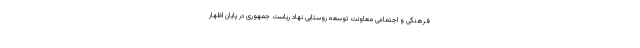
فرهنگی و اجتماعی معاونت توسعه روستایی نهاد ریاست جمهوری در پایان اظهار